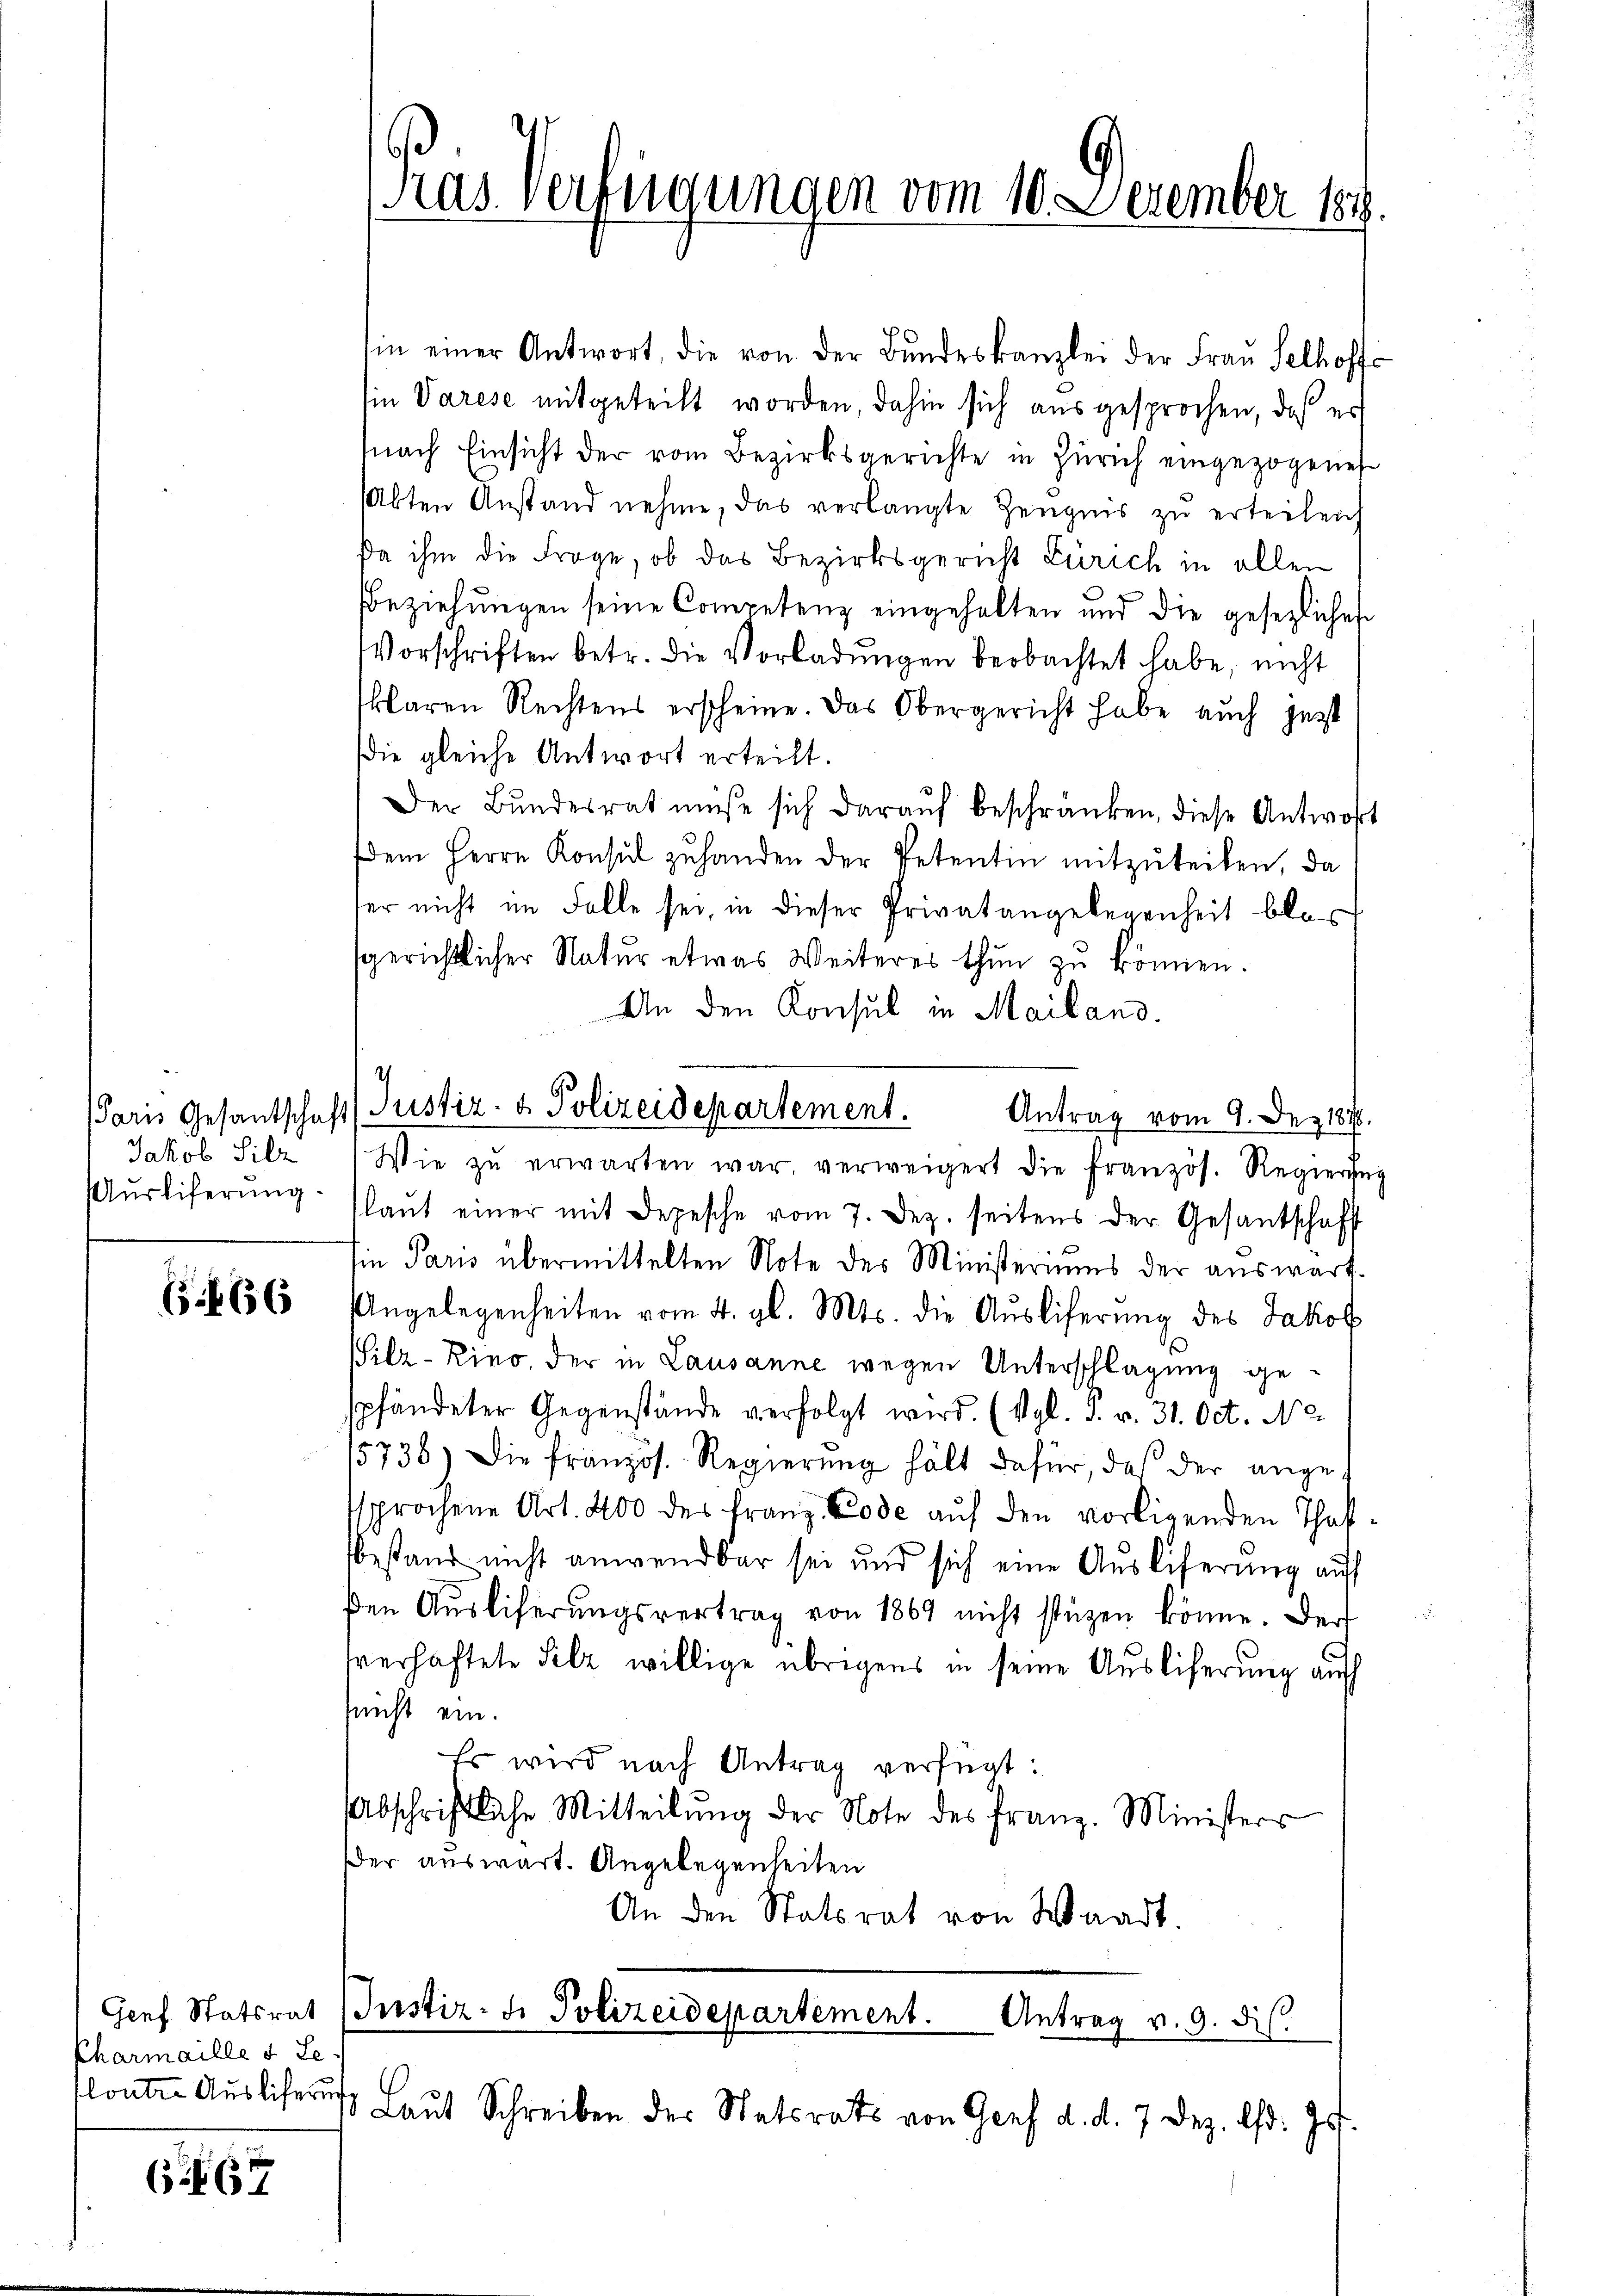
Jakob Silz

Genf Statsrat
Pharmaille u Le
loutre Auslicherung

667

Tras Verfügungen vom 10. Dezember 189.

sin einer Antwort die von der Bŭndeskanzlei der Fraŭ Selhoffe
Ein Varese mitgeteilt worden, dahin sich ausgesprochen, daß es
nach Einsicht der vom Bezirksgerichte in Zürich eingezogenes
Abten Anstand nehme, das verlangte Zeŭgnis zŭ erteilen,
da ihm die Frage, ob das Bezirksgericht Zürich in allen
Beziehungen seine Competenz eingehalten und die gesezlichen
Vorschriften betr. die Vorladŭngen beobachtet habe, nicht
klaren Rechtens erscheine. Das Obergericht habe auch jezt
die gleiche Antwort erteilt.
Der Bŭndesrat müsse sich daraŭf beschränken, diese Antwort
dem Herrn Konsul zŭ handen der Petentin mitzuteilen, da
fer nicht im Falle sei, in dieser Privatangelegenheit blo
sgerichtlicher Natur etwas Weiteres thun zu können.
An den Konsul in Mailand.
Antrag vom 9. Dez. 1890.
Wie zŭ erwarten war, verweigert die französ. Regierung
ŭsliferŭng (laŭt einer mit Depesche vom 7. Dez. seitens der Gesantschaft
Ein Paris übermittelten Note des Ministeriums der auswarf.
65. 666 Angelegenheiten vom 4. gl. Mts. die Aŭsliferŭng des Jakob
Pilz-Kino, der in Lausanne wegen Unterschlagung gespfändeter Gegenstände verfolgt wird. (Vgl. P. v. 31. Oct. No
15736) Die französ. Regierŭng hält dafür, das der angesprochene Art. 400 des Franz-Code auf den vorligenden Thafsbestand nicht anwendbar sei und sich eine Ausliferung auf
den Aŭsliferŭngsvertrag von 1869 nicht stüzen könne. Der
verhaftete Silz willige übrigens in seine Auslieferung auf
snicht ein.
Es wird nach Antrag verfügt:
Abschriftliche Mitteilŭng der Note des Franz-Ministers
Der auswart. Angelegenheiten
An den Statsrat von Waadt.

Paris Gesantschaft (Justiz- & Polizeidepartement.

Instiz- u. Polizeidepartement. Antrag v. 9. ds.
 Laŭt Schreiben der Statsrats von Genf d. d. 7 Dez. d. Js.